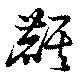
麒